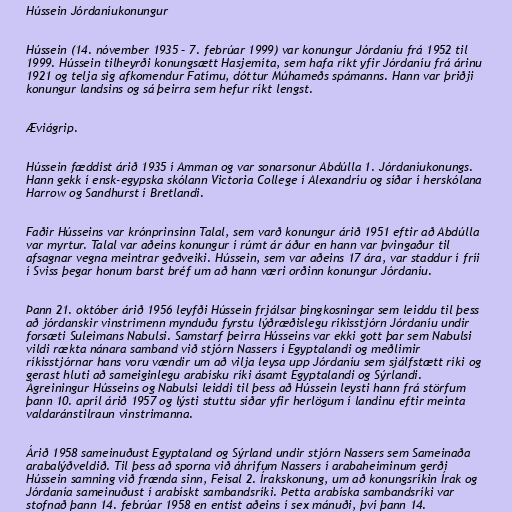
Hússein Jórdaníukonungur

Hússein (14. nóvember 1935 – 7. febrúar 1999) var konungur Jórdaníu frá 1952 til
1999. Hússein tilheyrði konungsætt Hasjemíta, sem hafa ríkt yfir Jórdaníu frá árinu
1921 og telja sig afkomendur Fatímu, dóttur Múhameðs spámanns. Hann var þriðji
konungur landsins og sá þeirra sem hefur ríkt lengst.

Æviágrip.

Hússein fæddist árið 1935 í Amman og var sonarsonur Abdúlla 1. Jórdaníukonungs.
Hann gekk í ensk-egypska skólann Victoria College í Alexandríu og síðar í herskólana
Harrow og Sandhurst í Bretlandi.

Faðir Hússeins var krónprinsinn Talal, sem varð konungur árið 1951 eftir að Abdúlla
var myrtur. Talal var aðeins konungur í rúmt ár áður en hann var þvingaður til
afsagnar vegna meintrar geðveiki. Hússein, sem var aðeins 17 ára, var staddur í fríi
í Sviss þegar honum barst bréf um að hann væri orðinn konungur Jórdaníu.

Þann 21. október árið 1956 leyfði Hússein frjálsar þingkosningar sem leiddu til þess
að jórdanskir vinstrimenn mynduðu fyrstu lýðræðislegu ríkisstjórn Jórdaníu undir
forsæti Suleimans Nabulsi. Samstarf þeirra Hússeins var ekki gott þar sem Nabulsi
vildi rækta nánara samband við stjórn Nassers í Egyptalandi og meðlimir
ríkisstjórnar hans voru vændir um að vilja leysa upp Jórdaníu sem sjálfstætt ríki og
gerast hluti að sameiginlegu arabísku ríki ásamt Egyptalandi og Sýrlandi.
Ágreiningur Hússeins og Nabulsi leiddi til þess að Hússein leysti hann frá störfum
þann 10. apríl árið 1957 og lýsti stuttu síðar yfir herlögum í landinu eftir meinta
valdaránstilraun vinstrimanna.

Árið 1958 sameinuðust Egyptaland og Sýrland undir stjórn Nassers sem Sameinaða
arabalýðveldið. Til þess að sporna við áhrifum Nassers í arabaheiminum gerði
Hússein samning við frænda sinn, Feisal 2. Írakskonung, um að konungsríkin Írak og
Jórdanía sameinuðust í arabískt sambandsríki. Þetta arabíska sambandsríki var
stofnað þann 14. febrúar 1958 en entist aðeins í sex mánuði, því þann 14.